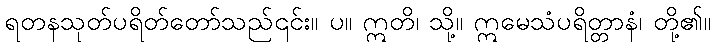
ရတနသုတ်ပရိတ်တော်သည်၎င်း။ ပ။ ဣတိ၊ သို့။ ဣမေသံပရိတ္တာနံ၊ တို့၏။